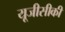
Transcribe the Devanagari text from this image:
यूजीसीकी